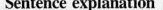
Sentence explanation